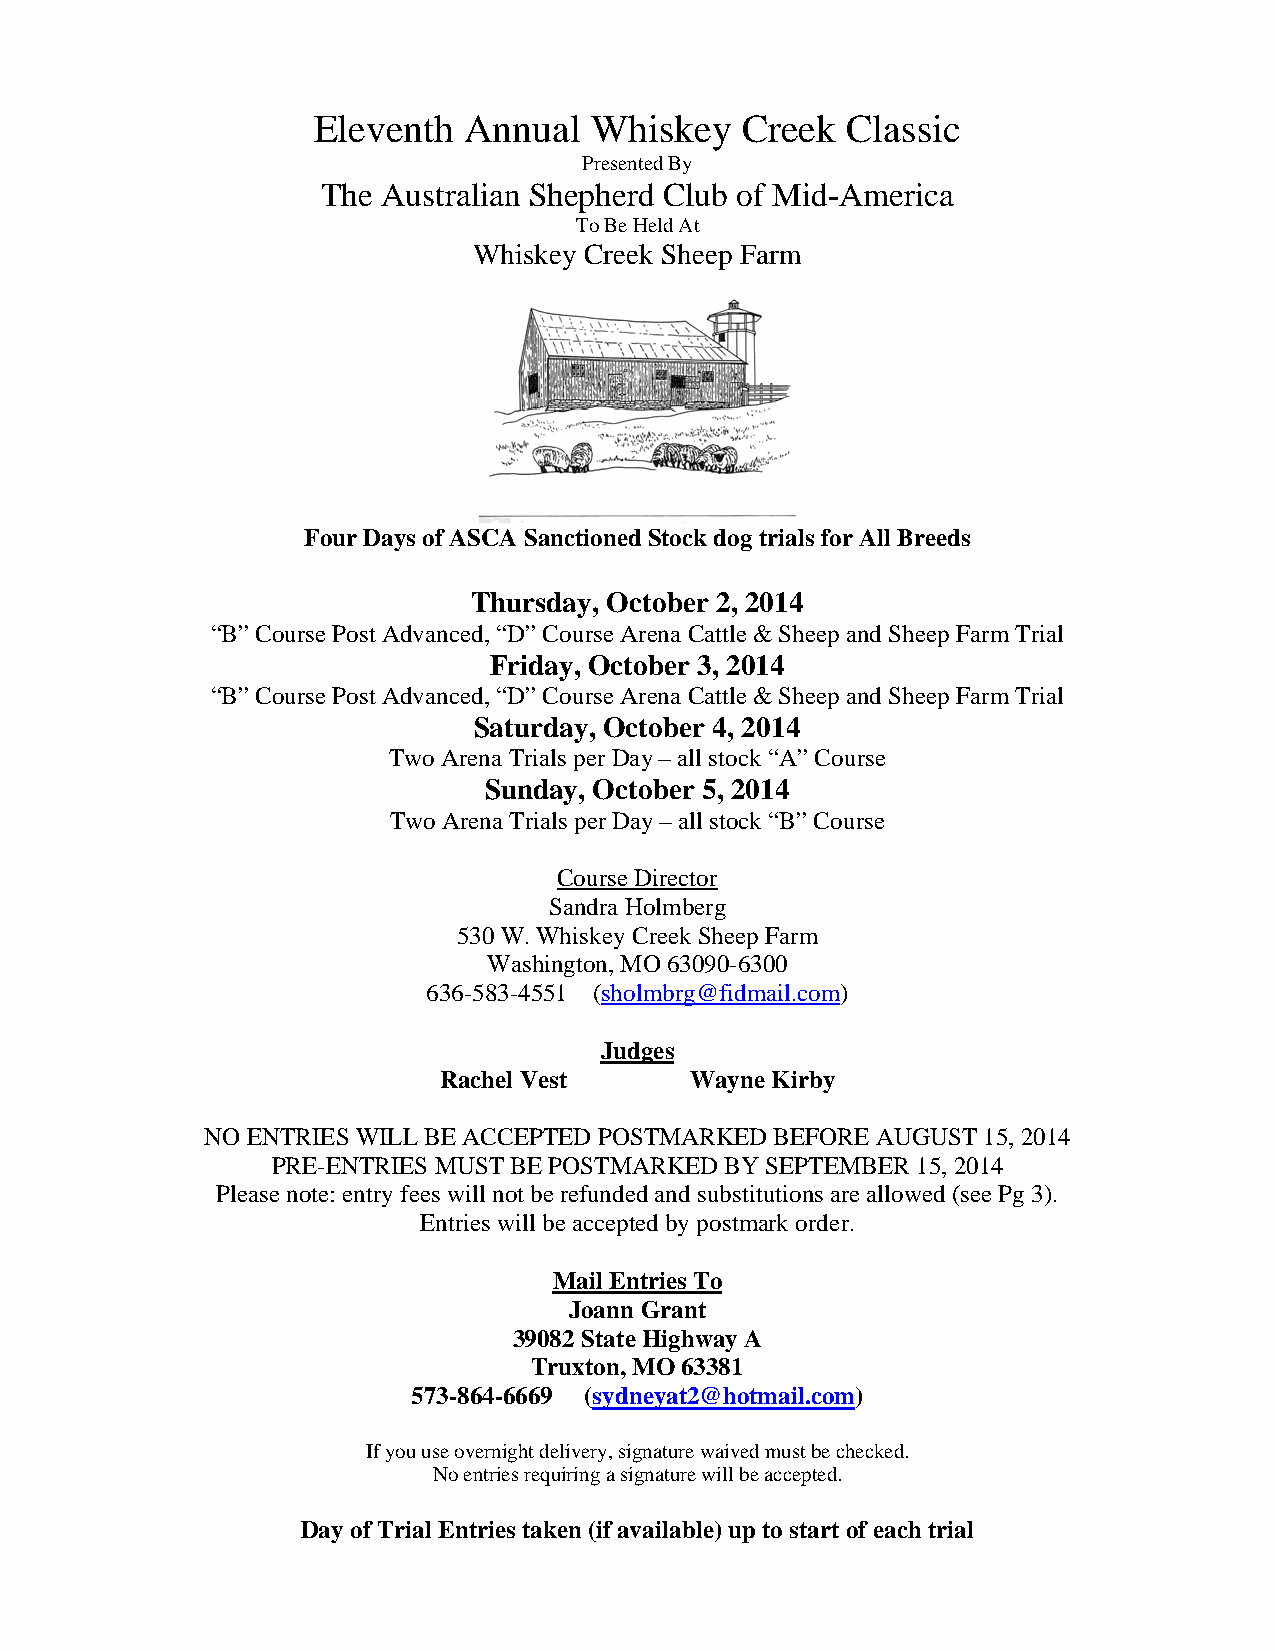
Eleventh  Annual  Whiskey   Creek  Classic
 Presented By
 The Australian Shepherd Club of Mid-America
 To Be Held At
 Whiskey Creek Sheep Farm
 Four Days of ASCA Sanctioned Stock dog trials for All Breeds
 Thursday, October 2, 2014
 “B” Course Post Advanced, “D” Course Arena Cattle & Sheep and Sheep Farm Trial
 Friday, October 3, 2014
 “B” Course Post Advanced, “D” Course Arena Cattle & Sheep and Sheep Farm Trial
 Saturday, October 4, 2014
 Two Arena Trials per Day – all stock “A” Course
 Sunday, October 5, 2014
 Two Arena Trials per Day – all stock “B” Course
 Course Director
 Sandra Holmberg
 530 W. Whiskey Creek Sheep Farm
 Washington, MO 63090-6300
 636-583-4551 (sholmbrg@fidmail.com)
 Judges
 Rachel Vest      Wayne Kirby
 NO ENTRIES WILL BE ACCEPTED POSTMARKED BEFORE AUGUST 15, 2014
 PRE-ENTRIES MUST BE POSTMARKED BY SEPTEMBER 15, 2014
 Please note: entry fees will not be refunded and substitutions are allowed (see Pg 3).
 Entries will be accepted by postmark order.
 Mail Entries To
 Joann Grant
 39082 State Highway A
 Truxton, MO 63381
 573-864-6669 (sydneyat2@hotmail.com)
 If you use overnight delivery, signature waived must be checked.
 No entries requiring a signature will be accepted.
 Day of Trial Entries taken (if available) up to start of each trial